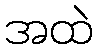
အထဲ